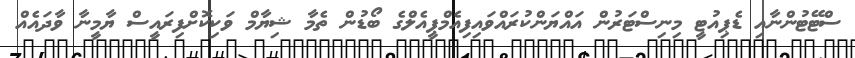
ސްޓޭޓުންނާއި ޑެޕިއުޓީ މިނިސްޓަރުން އައްޔަންކުރައްވައިފިއެމްޕީއެލްގެ ބޯޑުން ތެމާ ޝިޔާމް ވަކިކޮށްފިރައީސް ޔާމީނާ ވާދައެއް